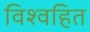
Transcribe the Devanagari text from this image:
विश्वहित